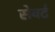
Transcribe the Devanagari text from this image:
सेवर्ट